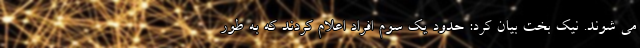
می شوند. نیک بخت بیان کرد: حدود یک سوم افراد اعلام کردند که به طور